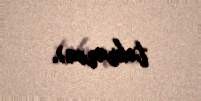
təkrarən).